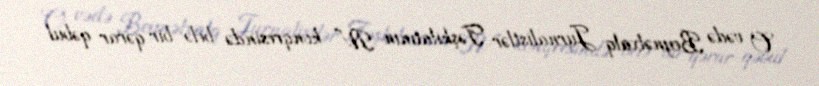
O vədə Beynəlxalq Jurnalistlər Təşkilatının IV konqresində belə bir qərar qəbul